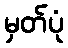
မှတ်ပုံ